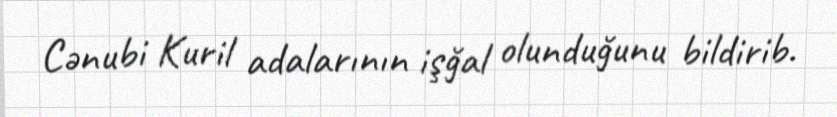
Cənubi Kuril adalarının işğal olunduğunu bildirib.